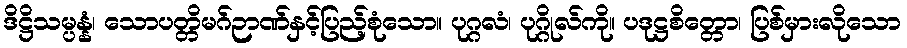
ဒိဋ္ဌိသမ္ပန္နံ၊ သောပတ္တိမဂ်ဉာဏ်နှင့်ပြည့်စုံသော။ ပုဂ္ဂလံ၊ ပုဂ္ဂိုလ်ကို။ ပဒုဋ္ဌစိတ္တော၊ ပြစ်မှားလိုသော